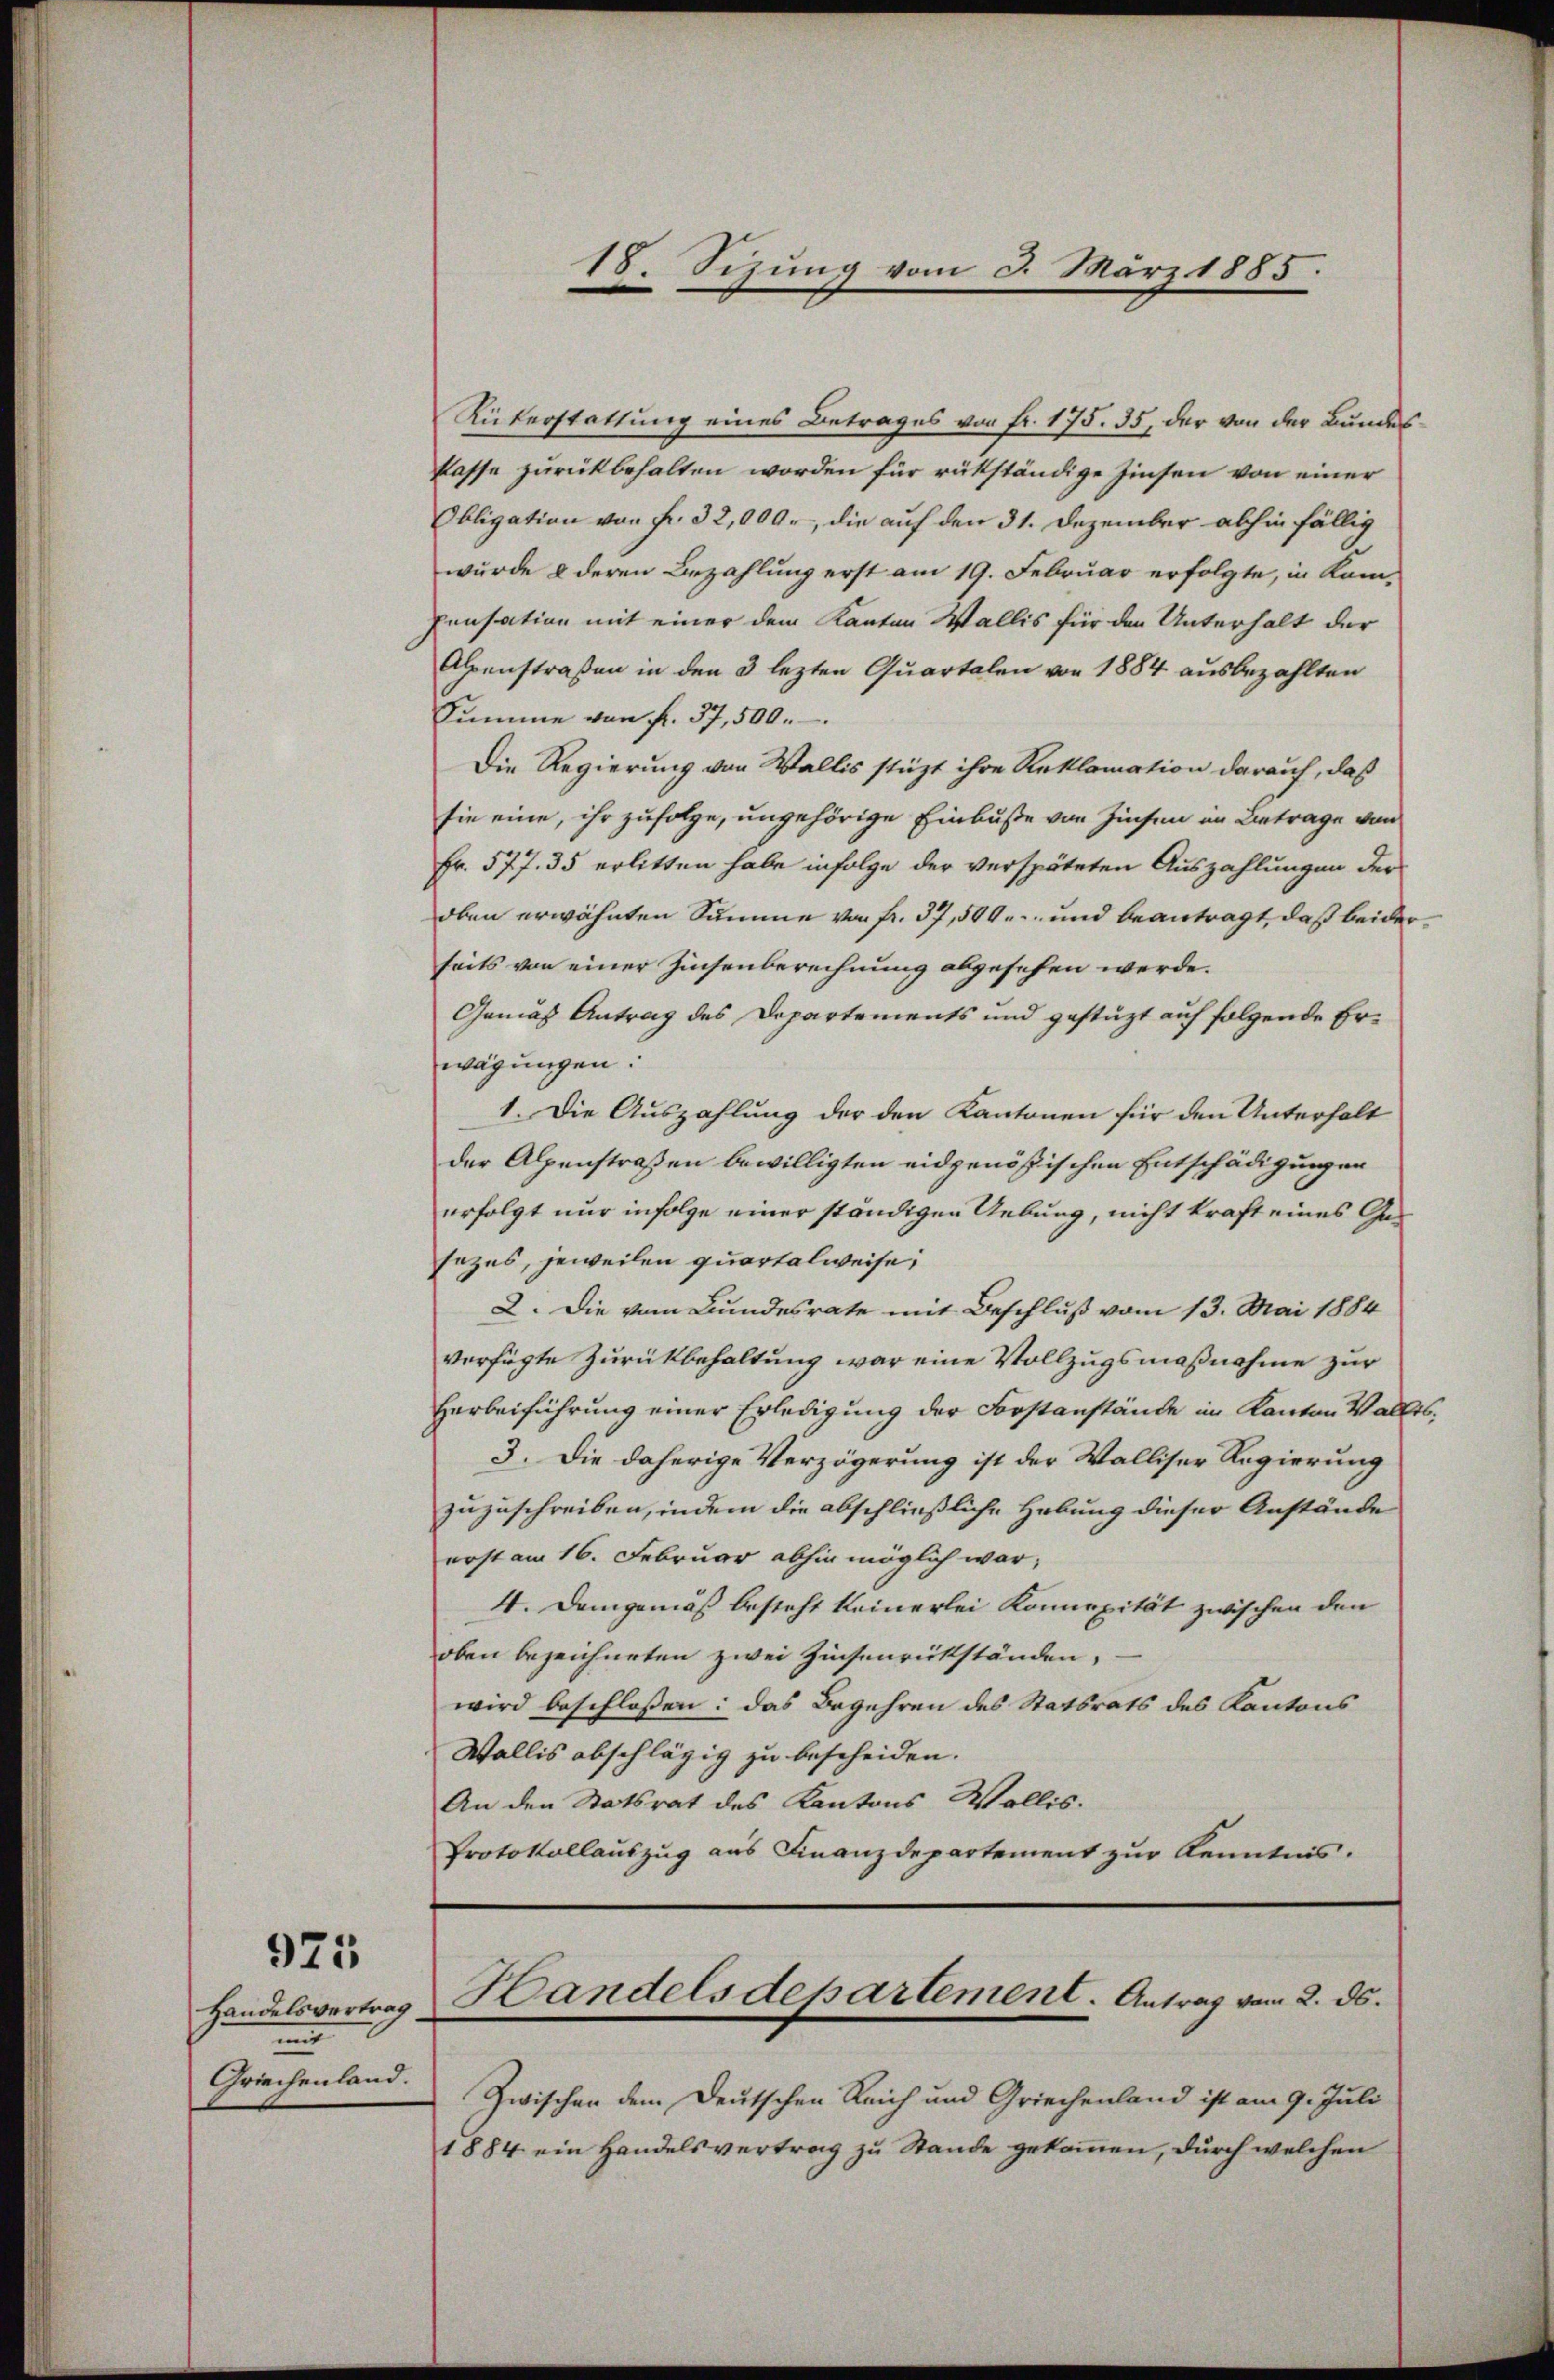
925

Handelsvertrag
mit
Griechenland.

Rükerstattung eines Betrages von Fr. 175. 35, der von der Bundeskasse zurückbehalten worden für rükständige Zinsen von einer
Obligation von Fr. 32,000., die auf den 31. Dezember abhin fällig
wurde & deren Bezahlung erst am 19. Februar erfolgte, in Kompensation mit einer dem Kanton Wallis für den Unterhalt der
Alpenstraßen in den 3 lezten Quartalen von 1884 ausbezahlten
Summe von fr. 37,500.
Die Regierung von Wallis stüzt ihre Reklamation darauf, daß
sie eine, ihr zufolge, ungehörige Einbuße von Zinsen in Betrage von
Fr. 577. 35 erlitten habe infolge der verspäteten Auszahlungen der
oben erwähnten Summe von fr. 37,500. und beantragt, daß beiderseits von einer Zinsenberechnung abgesehen werde.
Gemäß Antrag des Departements und gestüzt auf folgende Erwägungen.
1. Die Auszahlung der den Kantonen für den Unterhalt
der Alpenstraßen bewilligten eidgenössischen Entschädigungen
erfolgt nur infolge einer ständigen Uebung, nicht kraft eines Gesezes, jeweilen quartalweise,
2. Die vom Bundesrate mit Beschluß vom 13. Mai 1884
verfügte Zurückbehaltung war eine Vollzugsmaßnahme zur
Herbeiführung einer Erledigung der Forstanstände im Kanton Wallis,
3. Die daherige Verzögerung ist der Walliser Regierung
zuzuschreiben, indem die abschließliche Hebung dieser Anstände
erst am 16. Februar abhin möglich war,
4. Demgemäß besteht keinerlei Konnexität zwischen den
oben bezeichneten zwei Zinsenrückständen,
wird beschlossen: das Begehren des Statsrats des Kantons
Wallis abschlägig zu bescheiden.
An den Statsrat des Kantons Wollis.
Protokollauszug aus Finanzdepartement zur Kenntnis.

18. Sizung vom 3. März 1885.

Zwischen dem Deutschen Reich und Griechenland ist am 9. Juli
1884 ein Handelsvertrag zu Stande gekommen, durch welchen

Handelsdepartement. Antrag vom 2. ds.